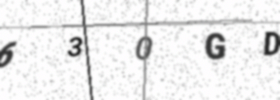
Text: 630GD